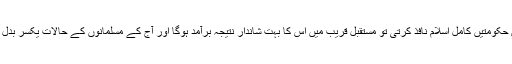
اور مسلمان حکومتیں کامل اسلام نافذ کرتی تو مستقبل قریب میں اس کا بہت شاندار نتیجہ برآمد ہوگا اور آج کے مسلمانوں کے حالات یکسر بدل جائیں گے۔